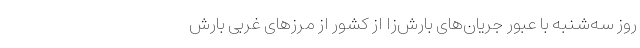
روز سه‌شنبه با عبور جریان‌های بارش‌زا از کشور از مرزهای غربی بارش